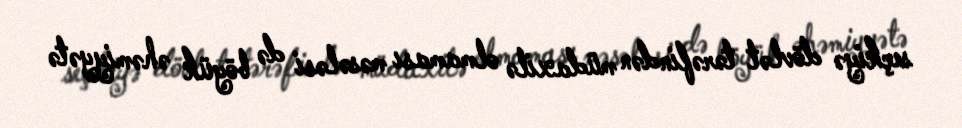
seçkiyə dövlət tərəfindən müdaxilə olmaması məsələsi də böyük əhəmiyyətə